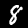
Digit: 8